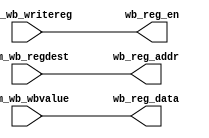
module Writeback (
    //Memory
    input    [4:0]     mem_wb_regdest,
    input              mem_wb_writereg,
    input    [31:0]    mem_wb_wbvalue,
    //Registers
    output              wb_reg_en,
    output    [4:0]     wb_reg_addr,
    output    [31:0]    wb_reg_data
);

    assign wb_reg_en = mem_wb_writereg;
    assign wb_reg_addr = mem_wb_regdest;
    assign wb_reg_data = mem_wb_wbvalue;

endmodule